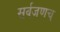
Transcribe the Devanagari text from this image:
सर्वजणच